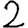
Digit: 2